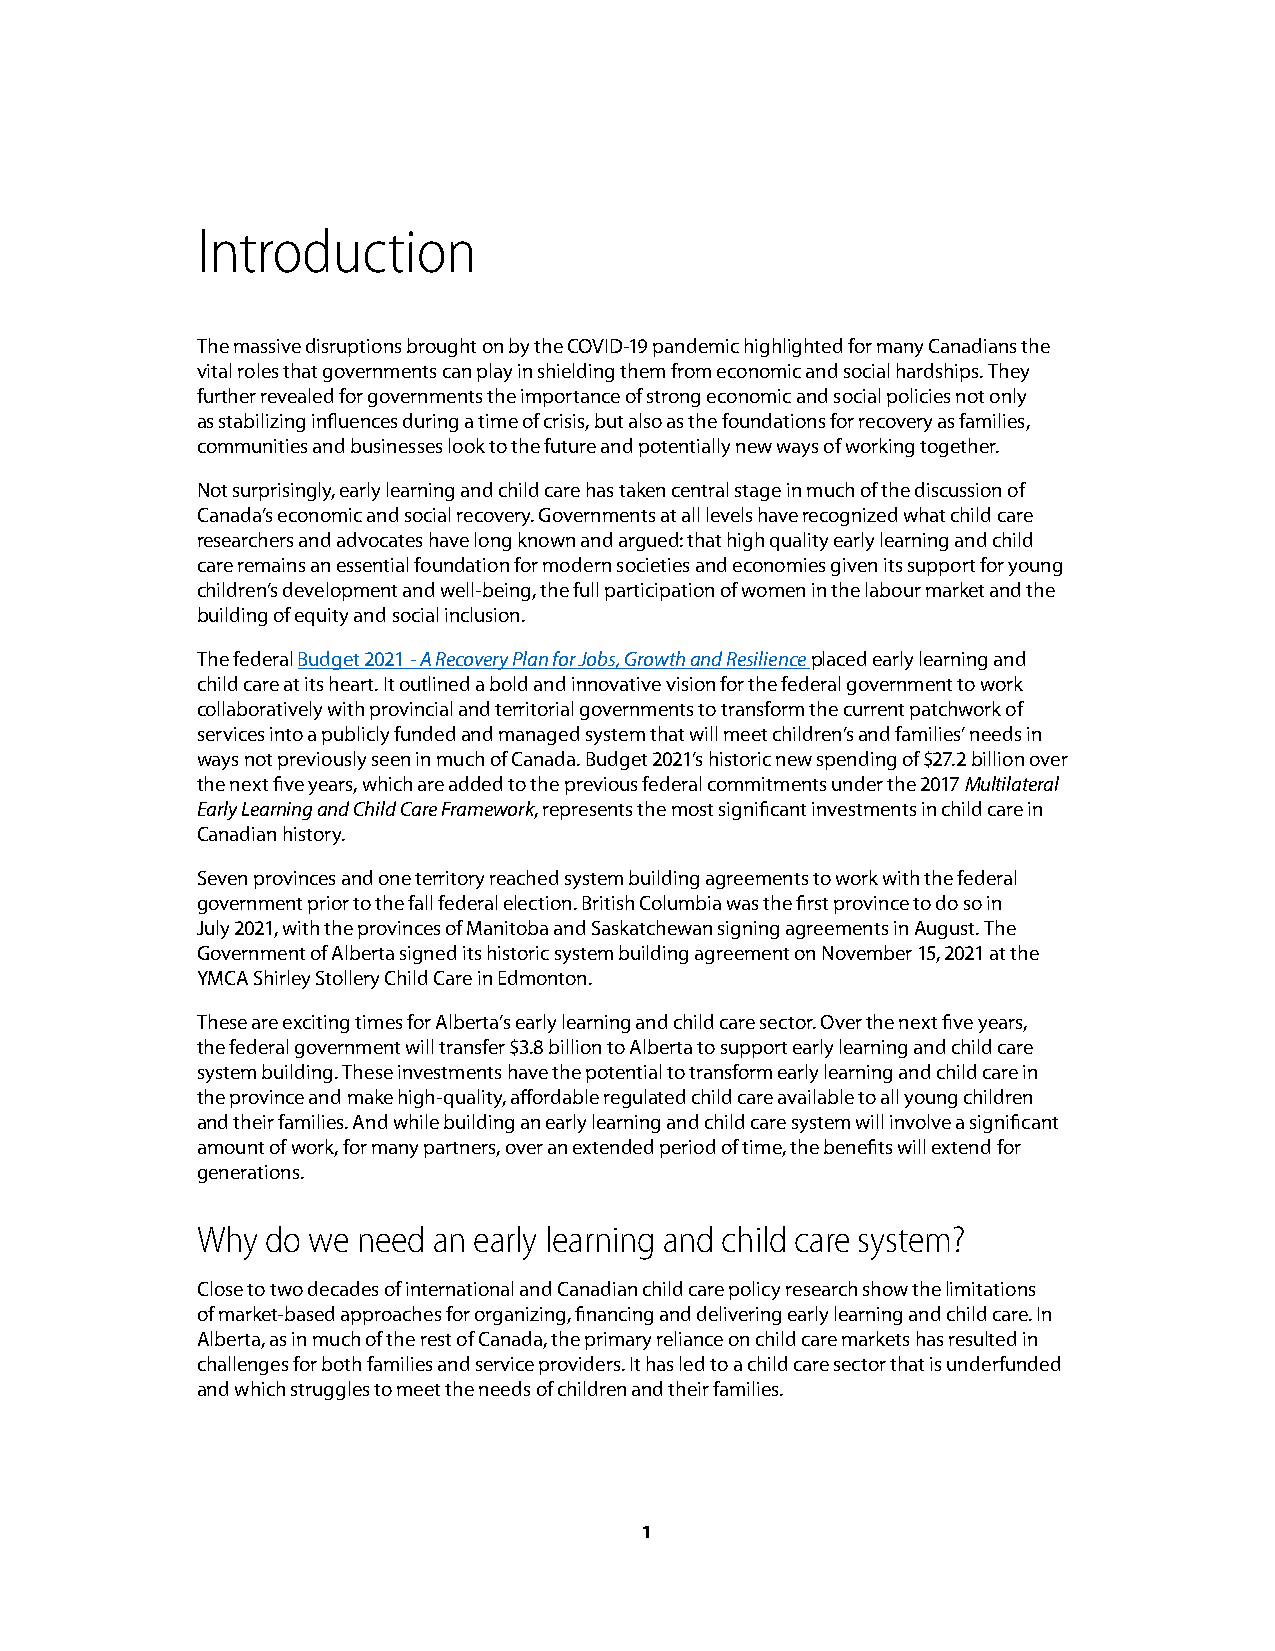
Introduction
 The massive disruptions brought on by the COVID-19 pandemic highlighted for many Canadians the
 vital roles that governments can play in shielding them from economic and social hardships. They
 further revealed for governments the importance of strong economic and social policies not only
 as stabilizing influences during a time of crisis, but also as the foundations for recovery as families,
 communities and businesses look to the future and potentially new ways of working together.
 Not surprisingly, early learning and child care has taken central stage in much of the discussion of
 Canada’s economic and social recovery. Governments at all levels have recognized what child care
 researchers and advocates have long known and argued: that high quality early learning and child
 care remains an essential foundation for modern societies and economies given its support for young
 children’s development and well-being, the full participation of women in the labour market and the
 building of equity and social inclusion.
 The federal Budget 2021 - A Recovery Plan for Jobs, Growth and Resilience placed early learning and
 child care at its heart. It outlined a bold and innovative vision for the federal government to work
 collaboratively with provincial and territorial governments to transform the current patchwork of
 services into a publicly funded and managed system that will meet children’s and families’ needs in
 ways not previously seen in much of Canada. Budget 2021’s historic new spending of $27.2 billion over
 the next five years, which are added to the previous federal commitments under the 2017 Multilateral
 Early Learning and Child Care Framework, represents the most significant investments in child care in
 Canadian history.
 Seven provinces and one territory reached system building agreements to work with the federal
 government prior to the fall federal election. British Columbia was the first province to do so in
 July 2021, with the provinces of Manitoba and Saskatchewan signing agreements in August. The
 Government of Alberta signed its historic system building agreement on November 15, 2021 at the
 YMCA Shirley Stollery Child Care in Edmonton.
 These are exciting times for Alberta’s early learning and child care sector. Over the next five years,
 the federal government will transfer $3.8 billion to Alberta to support early learning and child care
 system building. These investments have the potential to transform early learning and child care in
 the province and make high-quality, affordable regulated child care available to all young children
 and their families. And while building an early learning and child care system will involve a significant
 amount of work, for many partners, over an extended period of time, the benefits will extend for
 generations.
 Why  do we need an early learning and child care system?
 Close to two decades of international and Canadian child care policy research show the limitations
 of market-based approaches for organizing, financing and delivering early learning and child care. In
 Alberta, as in much of the rest of Canada, the primary reliance on child care markets has resulted in
 challenges for both families and service providers. It has led to a child care sector that is underfunded
 and which struggles to meet the needs of children and their families.
 1